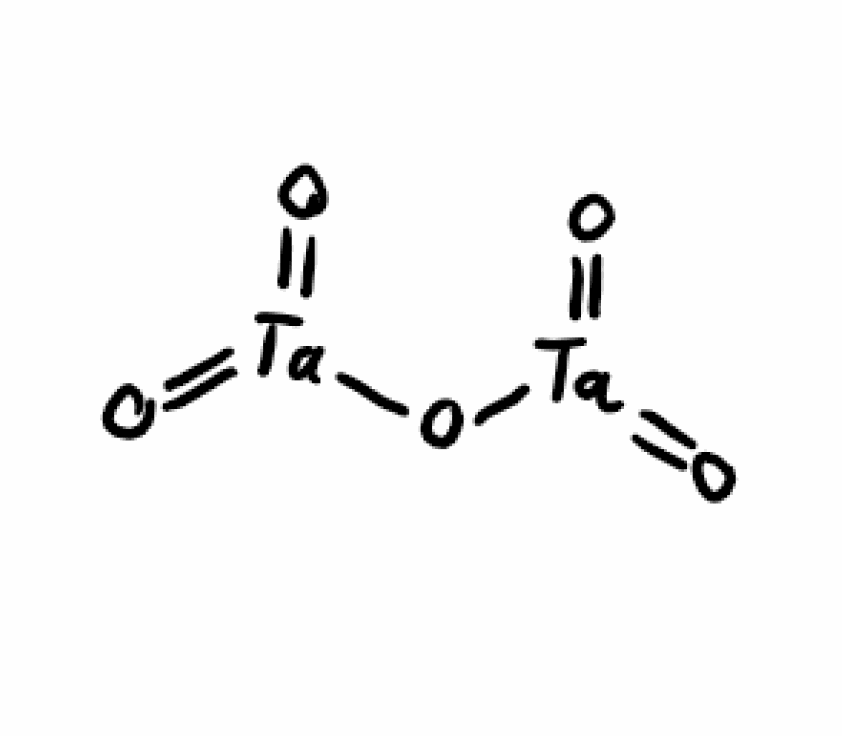
Simplified molecular-input line-entry system (SMILES) notation of the given molecule:
O=[Ta](=O)O[Ta](=O)=O